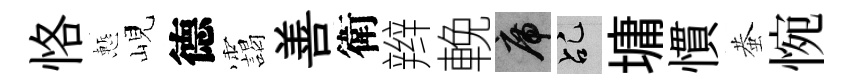
恪慙峴德靄善衛辫輓席乩墉慣蛬惋